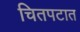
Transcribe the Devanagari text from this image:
चितपटात